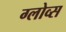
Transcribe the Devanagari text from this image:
ग्लोव्स